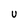
Character: U